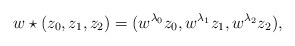
\begin{align*}w\star(z_0,z_1,z_2) = (w^{\lambda_0} z_0, w^{\lambda_1} z_1, w^{\lambda_2} z_2),\end{align*}